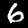
Digit: 6